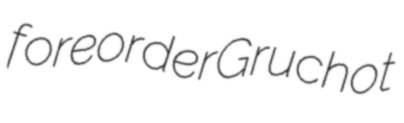
foreorder Gruchot